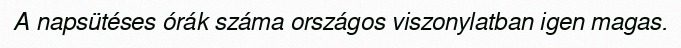
A napsütéses órák száma országos viszonylatban igen magas.